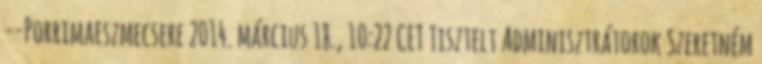
--Porrimaeszmecsere 2014. március 18., 10:22 CET Tisztelt Adminisztrátorok Szeretném